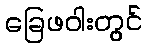
ခြေဖဝါးတွင်